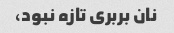
نان بربری تازه نبود،